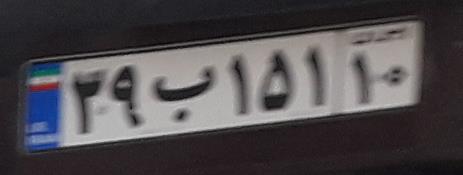
۳۹ب۱۵۱۱۰